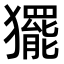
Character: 𭸰